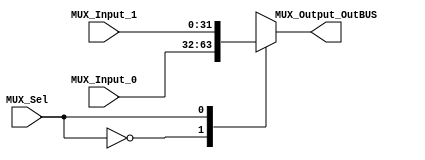
/*#########################################################################
//# General purpose 2:1 multiplexer
//#########################################################################
//#
//# Copyright (C) 2021 Jose Maria Jaramillo Hoyos
//# 
//# This program is free software: you can redistribute it and/or modify
//# it under the terms of the GNU General Public License as published by
//# the Free Software Foundation, either version 3 of the License, or
//# (at your option) any later version.
//#
//# This program is distributed in the hope that it will be useful,
//# but WITHOUT ANY WARRANTY; without even the implied warranty of
//# MERCHANTABILITY or FITNESS FOR A PARTICULAR PURPOSE.  See the
//# GNU General Public License for more details.
//#
//# You should have received a copy of the GNU General Public License
//# along with this program.  If not, see <https://www.gnu.org/licenses/>.
//#
//########################################################################*/


module MUX_2_1 #(parameter INPUT_DATA_WIDTH =32)(

//////////// INPUTS //////////
input [INPUT_DATA_WIDTH-1:0] MUX_Input_0,
input [INPUT_DATA_WIDTH-1:0] MUX_Input_1,
input MUX_Sel,

//////////// OUTPUT //////////
output[INPUT_DATA_WIDTH-1:0]  MUX_Output_OutBUS

);


reg [INPUT_DATA_WIDTH-1:0] Data;

//============================================================
// COMBINATIONAL LOGIC
//============================================================
always@(*)
begin
	case(MUX_Sel)
		1'b0: Data=MUX_Input_0;
		1'b1: Data=MUX_Input_1;		
	endcase
end

assign MUX_Output_OutBUS=Data;

endmodule